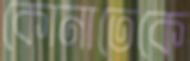
কোনাতেকে